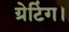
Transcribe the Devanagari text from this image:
ग्रेटिंग।